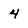
Character: 4